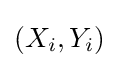
\left(X_{i},Y_{i}\right)